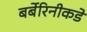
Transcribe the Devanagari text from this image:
बर्बेरिनीकडे